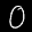
Label: 0